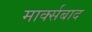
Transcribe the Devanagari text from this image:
मार्क्सबाद